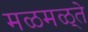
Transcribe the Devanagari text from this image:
मळमळ्ते